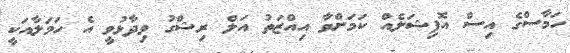
ހަމާސްގެ އިސް އޮފިޝަލެއް ކަމަށްވާ އިއްޒަތު އަލް ރިޝްގު ވިދާޅުވީ އެ ހަމަލާއަކީ